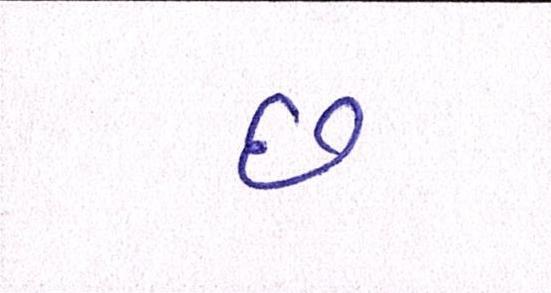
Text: છ